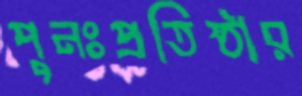
পুনঃপ্রতিষ্ঠার